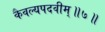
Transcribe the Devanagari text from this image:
कैवल्यपदवीम्॥७॥